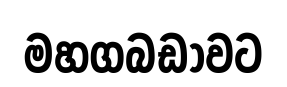
මහගබඩාවට